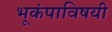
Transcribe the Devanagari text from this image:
भूकंपाविषयी